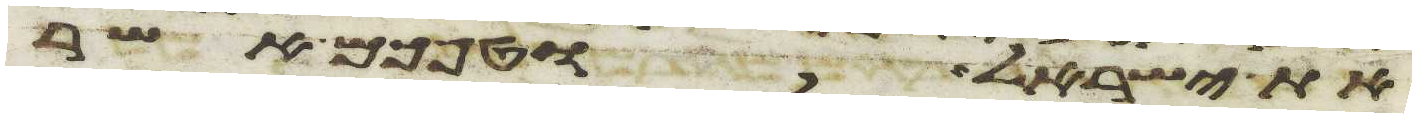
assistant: את ישראל וטפכם אשר